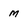
Character: m